Vaccination returns of the Province of Eastern Bengal and Assam - 1905-1912
Year: 1905
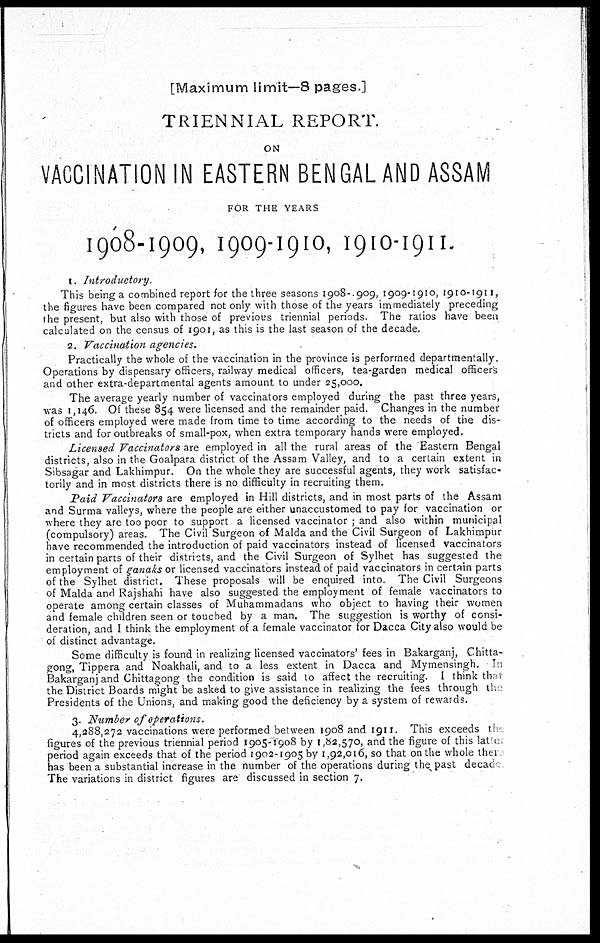
[Maximum limit—8 pages.]
TRIENNIAL REPORT.
ON
VACCINATION IN EASTERN BENGAL AND ASSAM
FOR THE YEARS
1908-1909, 1909-1910, 1910-1911.
1. Introductory.
This being a combined report for the three seasons 1908-1909, 1909-1910, 1910-1911,
the figures have been compared not only with those of the years immediately preceding
the present, but also with those of previous triennial periods. The ratios have been
calculated on the census of 1901, as this is the last season of the decade.
2. Vaccination agencies.
Practically the whole of the vaccination in the province is performed departmentally.
Operations by dispensary officers, railway medical officers, tea-garden medical officers
and other extra-departmental agents amount to under 25,000.
The average yearly number of vaccinators employed during the past three years,
was 1,146. Of these 854 were licensed and the remainder paid. Changes in the number
of officers employed were made from time to time according to the needs of the dis-
tricts and for outbreaks of small-pox, when extra temporary hands were employed.
Licensed Vaccinators are employed in all the rural areas of the Eastern Bengal
districts, also in the Goalpara district of the Assam Valley, and to a certain extent in
Sibsagar and Lakhimpur. On the whole they are successful agents, they work satisfac-
torily and in most districts there is no difficulty in recruiting them.
Paid Vaccinators are employed in Hill districts, and in most parts of the Assam
and Surma valleys, where the people are either unaccustomed to pay for vaccination or
where they are too poor to support a licensed vaccinator ; and also within municipal
(compulsory) areas. The Civil Surgeon of Malda and the Civil Surgeon of Lakhimpur
have recommended the introduction of paid vaccinators instead of licensed vaccinators
in certain parts of their districts, and the Civil Surgeon of Sylhet has suggested the
employment of ganaks or licensed vaccinators instead of paid vaccinators in certain parts
of the Sylhet district. These proposals will be enquired into. The Civil Surgeons
of Malda and Rajshahi have also suggested the employment of female vaccinators to
operate among certain classes of Muhammadans who object to having their women
and female children seen or touched by a man. The suggestion is worthy of consi-
deration, and I think the employment of a female vaccinator for Dacca City also would be
of distinct advantage.
Some difficulty is found in realizing licensed vaccinators' fees in Bakarganj, Chitta-
gong, Tippera and Noakhali, and to a less extent in Dacca and Mymensingh. In
Bakarganj and Chittagong the condition is said to affect the recruiting. I think that
the District Boards might be asked to give assistance in realizing the fees through the
Presidents of the Unions, and making good the deficiency by a system of rewards.
3. Number of operations.
4,288,272 vaccinations were performed between 1908 and 1911. This exceeds the
figures of the previous triennial period 1905-1908 by 1,82,570, and the figure of this latic.
period again exceeds that of the period 1902-1905 by 1,92,016, so that on the whole there
has been a substantial increase in the number of the operations during the past decade
The variations in district figures are discussed in section 7.